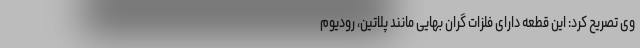
وی تصریح کرد: این قطعه دارای فلزات گران بهایی مانند پلاتین، رودیوم